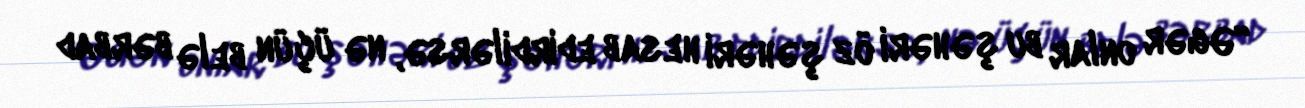
“Əgər onlar bu şəhəri öz şəhəri hesab edirdilərsə, nə üçün belə bərbad